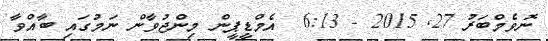
ނޮވެމްބަރު 27